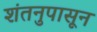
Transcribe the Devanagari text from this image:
शंतनुपासून